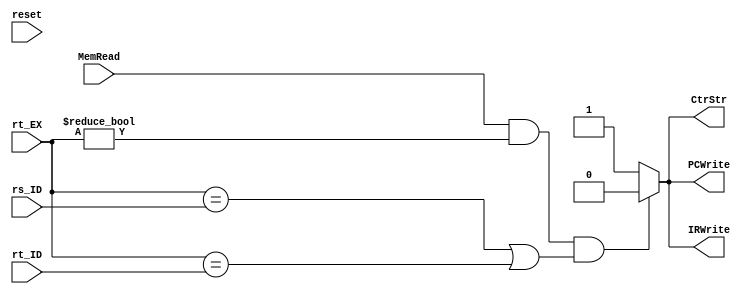
`timescale 1ns / 1ps
//////////////////////////////////////////////////////////////////////////////////
// Company: 
// Engineer: 
// 
// Design Name: 
// Module Name:    Hazardunit 
// Project Name: 
// Target Devices: 
// Tool versions: 
// Description: 
//
// Dependencies: 
//
// Revision: 
// Revision 0.01 - File Created
// Additional Comments: 
//
//////////////////////////////////////////////////////////////////////////////////
module Hazardunit(
	input reset,
	input [4:0] rt_EX,
	input [4:0] rs_ID,
	input [4:0] rt_ID,
	input MemRead,
	output reg PCWrite,
	output reg IRWrite,
	output reg CtrStr
    );
always@(*)
begin
if (reset);
PCWrite = 1;
IRWrite = 1;
CtrStr = 1;
if((MemRead)&&(rt_EX!=5'b0)&&((rt_EX==rs_ID)||(rt_EX==rt_ID)))
begin
PCWrite = 0;
IRWrite = 0;
CtrStr = 0;
end
end
endmodule